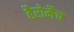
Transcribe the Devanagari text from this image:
हैरोमैच